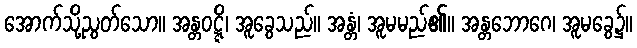
အောက်သို့ညွတ်သော။ အန္တဝဋ္ဋိ၊ အူခွေသည်။ အန္တံ၊ အူမမည်၏။ အန္တဘောဂေ၊ အူမခွေ၌။